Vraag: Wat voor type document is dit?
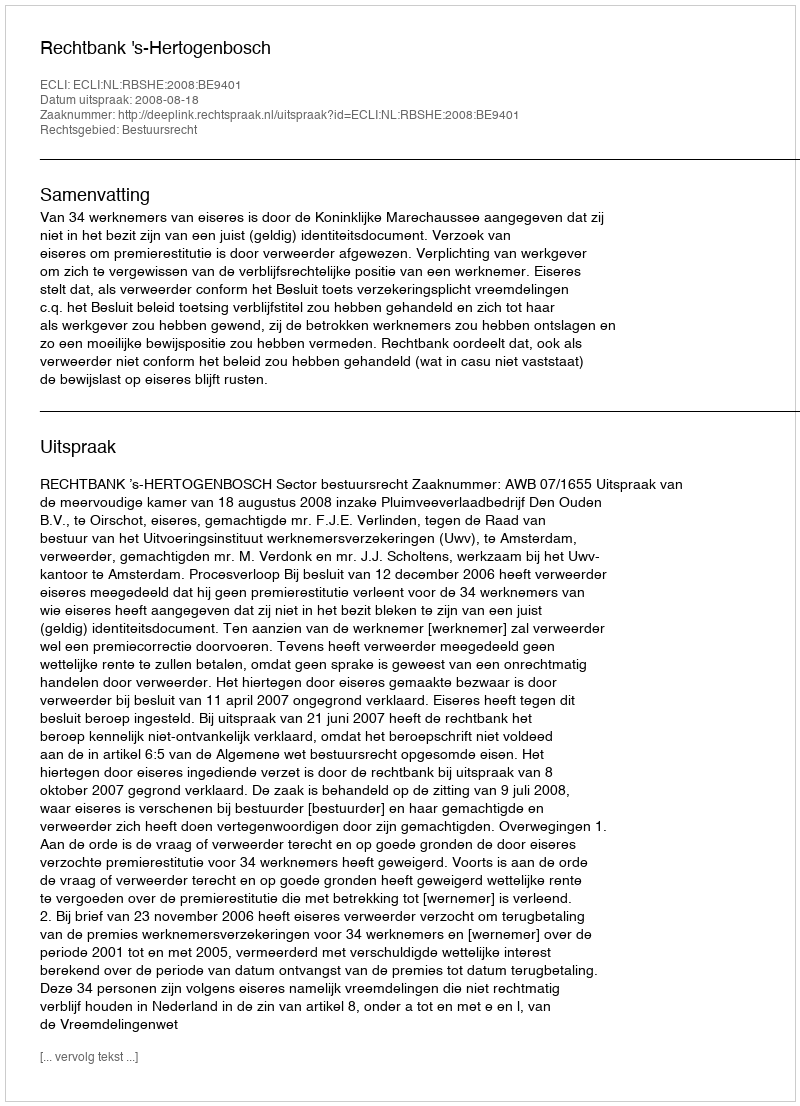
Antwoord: Uitspraak